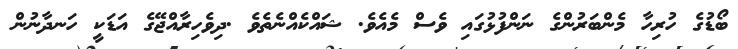
ބޯޑުގެ ހުރިހާ މެންބަރުންގެ ނަންފުޅުގައި ވެސް މެއެވެ. ޝައްކެއްނެތެވެ .ދިވެހިރާއްޖޭގެ އަޑަކީ ހަނދާނުން